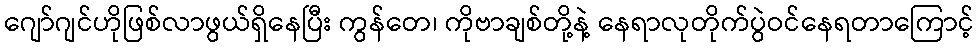
ဂျော်ဂျင်ဟိုဖြစ်လာဖွယ်ရှိနေပြီး ကွန်တေ၊ ကိုဗာချစ်တို့နဲ့ နေရာလုတိုက်ပွဲဝင်နေရတာကြောင့်